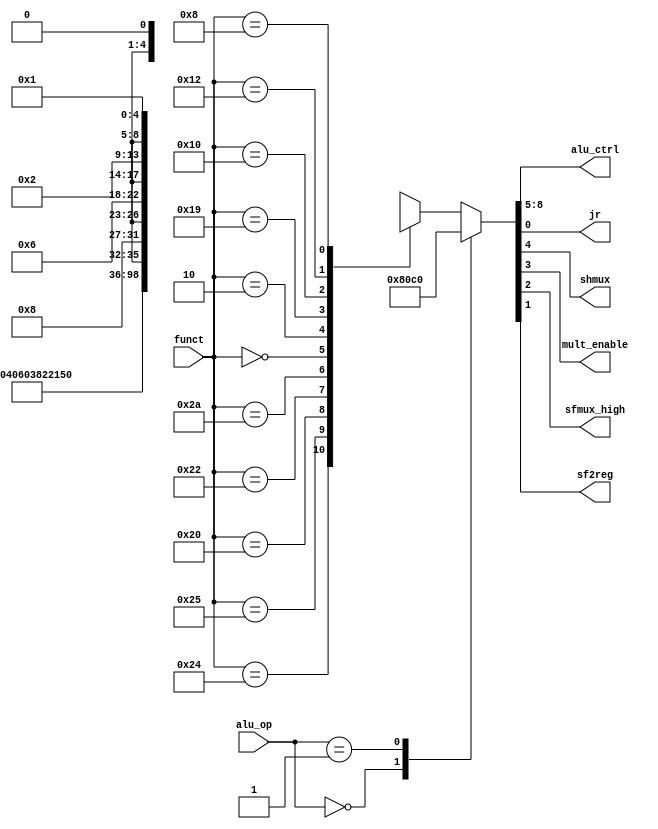
module auxdec (
        input  wire [1:0] alu_op,
        input  wire [5:0] funct,
        output wire [3:0] alu_ctrl,
        output  wire        jr,
        output  wire        shmux,
        output  wire        mult_enable,
        output  wire        sfmux_high,
        output  wire        sf2reg
    );

    reg [8:0] ctrl;

    assign {alu_ctrl, shmux, mult_enable, sfmux_high, sf2reg, jr} = ctrl;

    always @ (alu_op, funct) begin
        case (alu_op)
            2'b00: ctrl = 9'b0010_0_0_0_0_0;          // ADD
            2'b01: ctrl = 9'b0110_0_0_0_0_0;          // SUB
            default: case (funct)
                6'b10_0100: ctrl = 9'b0000_0_0_0_0_0_; // AND
                6'b10_0101: ctrl = 9'b0001_0_0_0_0_0; // OR
                6'b10_0000: ctrl = 9'b0010_0_0_0_0_0; // ADD
                6'b10_0010: ctrl = 9'b0110_0_0_0_0_0; // SUB
                6'b10_1010: ctrl = 9'b0111_0_0_0_0_0; // SLT
                6'b00_0000: ctrl = 9'b1000_1_0_0_0_0; // SLL (choose 1000 for ALU)
                6'b00_0010: ctrl = 9'b1010_1_0_0_0_0; // SRL (choose 1010 for ALU)
                6'b01_1001: ctrl = 9'bxxxx_0_1_0_0_0; // MULTU 
                6'b01_0000: ctrl = 9'bxxxx_0_0_1_1_0; // MFHI
                6'b01_0010: ctrl = 9'bxxxx_0_0_0_1_0; // MFLO
                6'b00_1000: ctrl = 9'bxxxx_0_0_0_0_1; // JR
                //6'b11_1111: ctrl = 9'bxxxx_0_0_0_0_0; // NO-OP


                default:    ctrl = 9'bxxxx_xxxx_0;
            endcase
        endcase
    end

endmodule